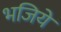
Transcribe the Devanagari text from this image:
भजिये